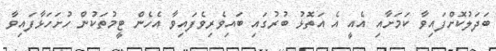
ބަދަލުކޮށްފައިވާ ކަމަށާއި އެއީ އެ އަތޮޅު ބުރުގައި ބައިވެރިވެފައިވާ އެހެން ޓީމުތަކުން ހުށަހަޅާފައިވާ